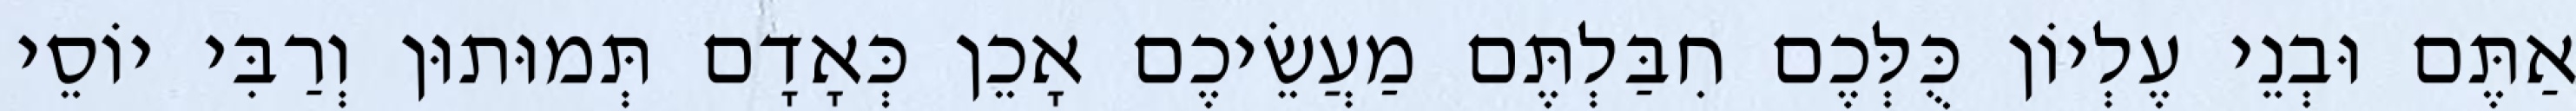
אַתֶּם וּבְנֵי עֶלְיוֹן כֻּלְּכֶם חִבַּלְתֶּם מַעֲשֵׂיכֶם אָכֵן כְּאָדָם תְּמוּתוּן וְרַבִּי יוֹסֵי